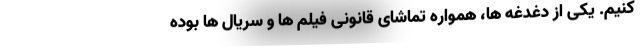
کنیم. یکی از دغدغه ها، همواره تماشای قانونی فیلم ها و سریال ها بوده